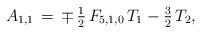
LaTeX: \begin{align*}A_{1,1}\,=\,\mp\,\tfrac{1}{2}\,F_{5,1,0}\,T_1-\tfrac{3}{2}\,T_2,\end{align*}